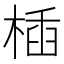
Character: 㮑